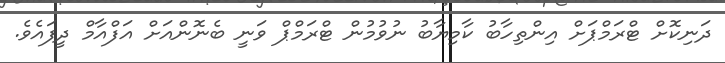
ދަނިކޮށް ޓްރަމްޕަށް އިންތިހާބު ކާމިޔާބު ނުވުމުން ޓްރަމްޕް ވަނީ ބެނޮންއަށް އަފްއާމް ދީފައެވެ.